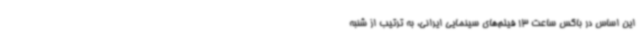
این اساس در باکس ساعت 13 فیلم‌های سینمایی ایرانی، به ترتیب از شنبه